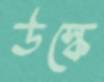
উস্কে